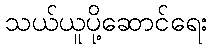
သယ်ယူပို့ဆောင်ရေး